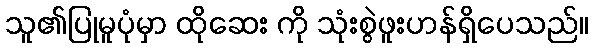
သူ၏ပြုမူပုံမှာ ထိုဆေး ကို သုံးစွဲဖူးဟန်ရှိပေသည်။